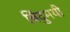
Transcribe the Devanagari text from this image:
बिंदुमयी